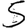
Digit: 5